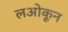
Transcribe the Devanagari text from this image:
लओकून